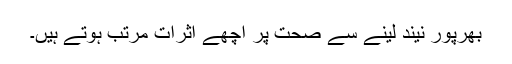
بھرپور نیند لینے سے صحت پر اچھے اثرات مرتب ہوتے ہیں۔